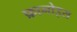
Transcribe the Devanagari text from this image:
फ्रानोइस